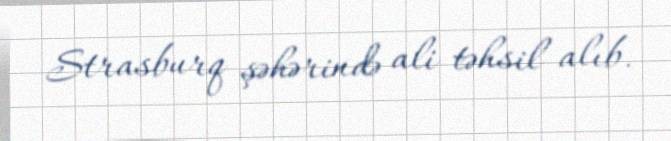
Strasburq şəhərində ali təhsil alıb.